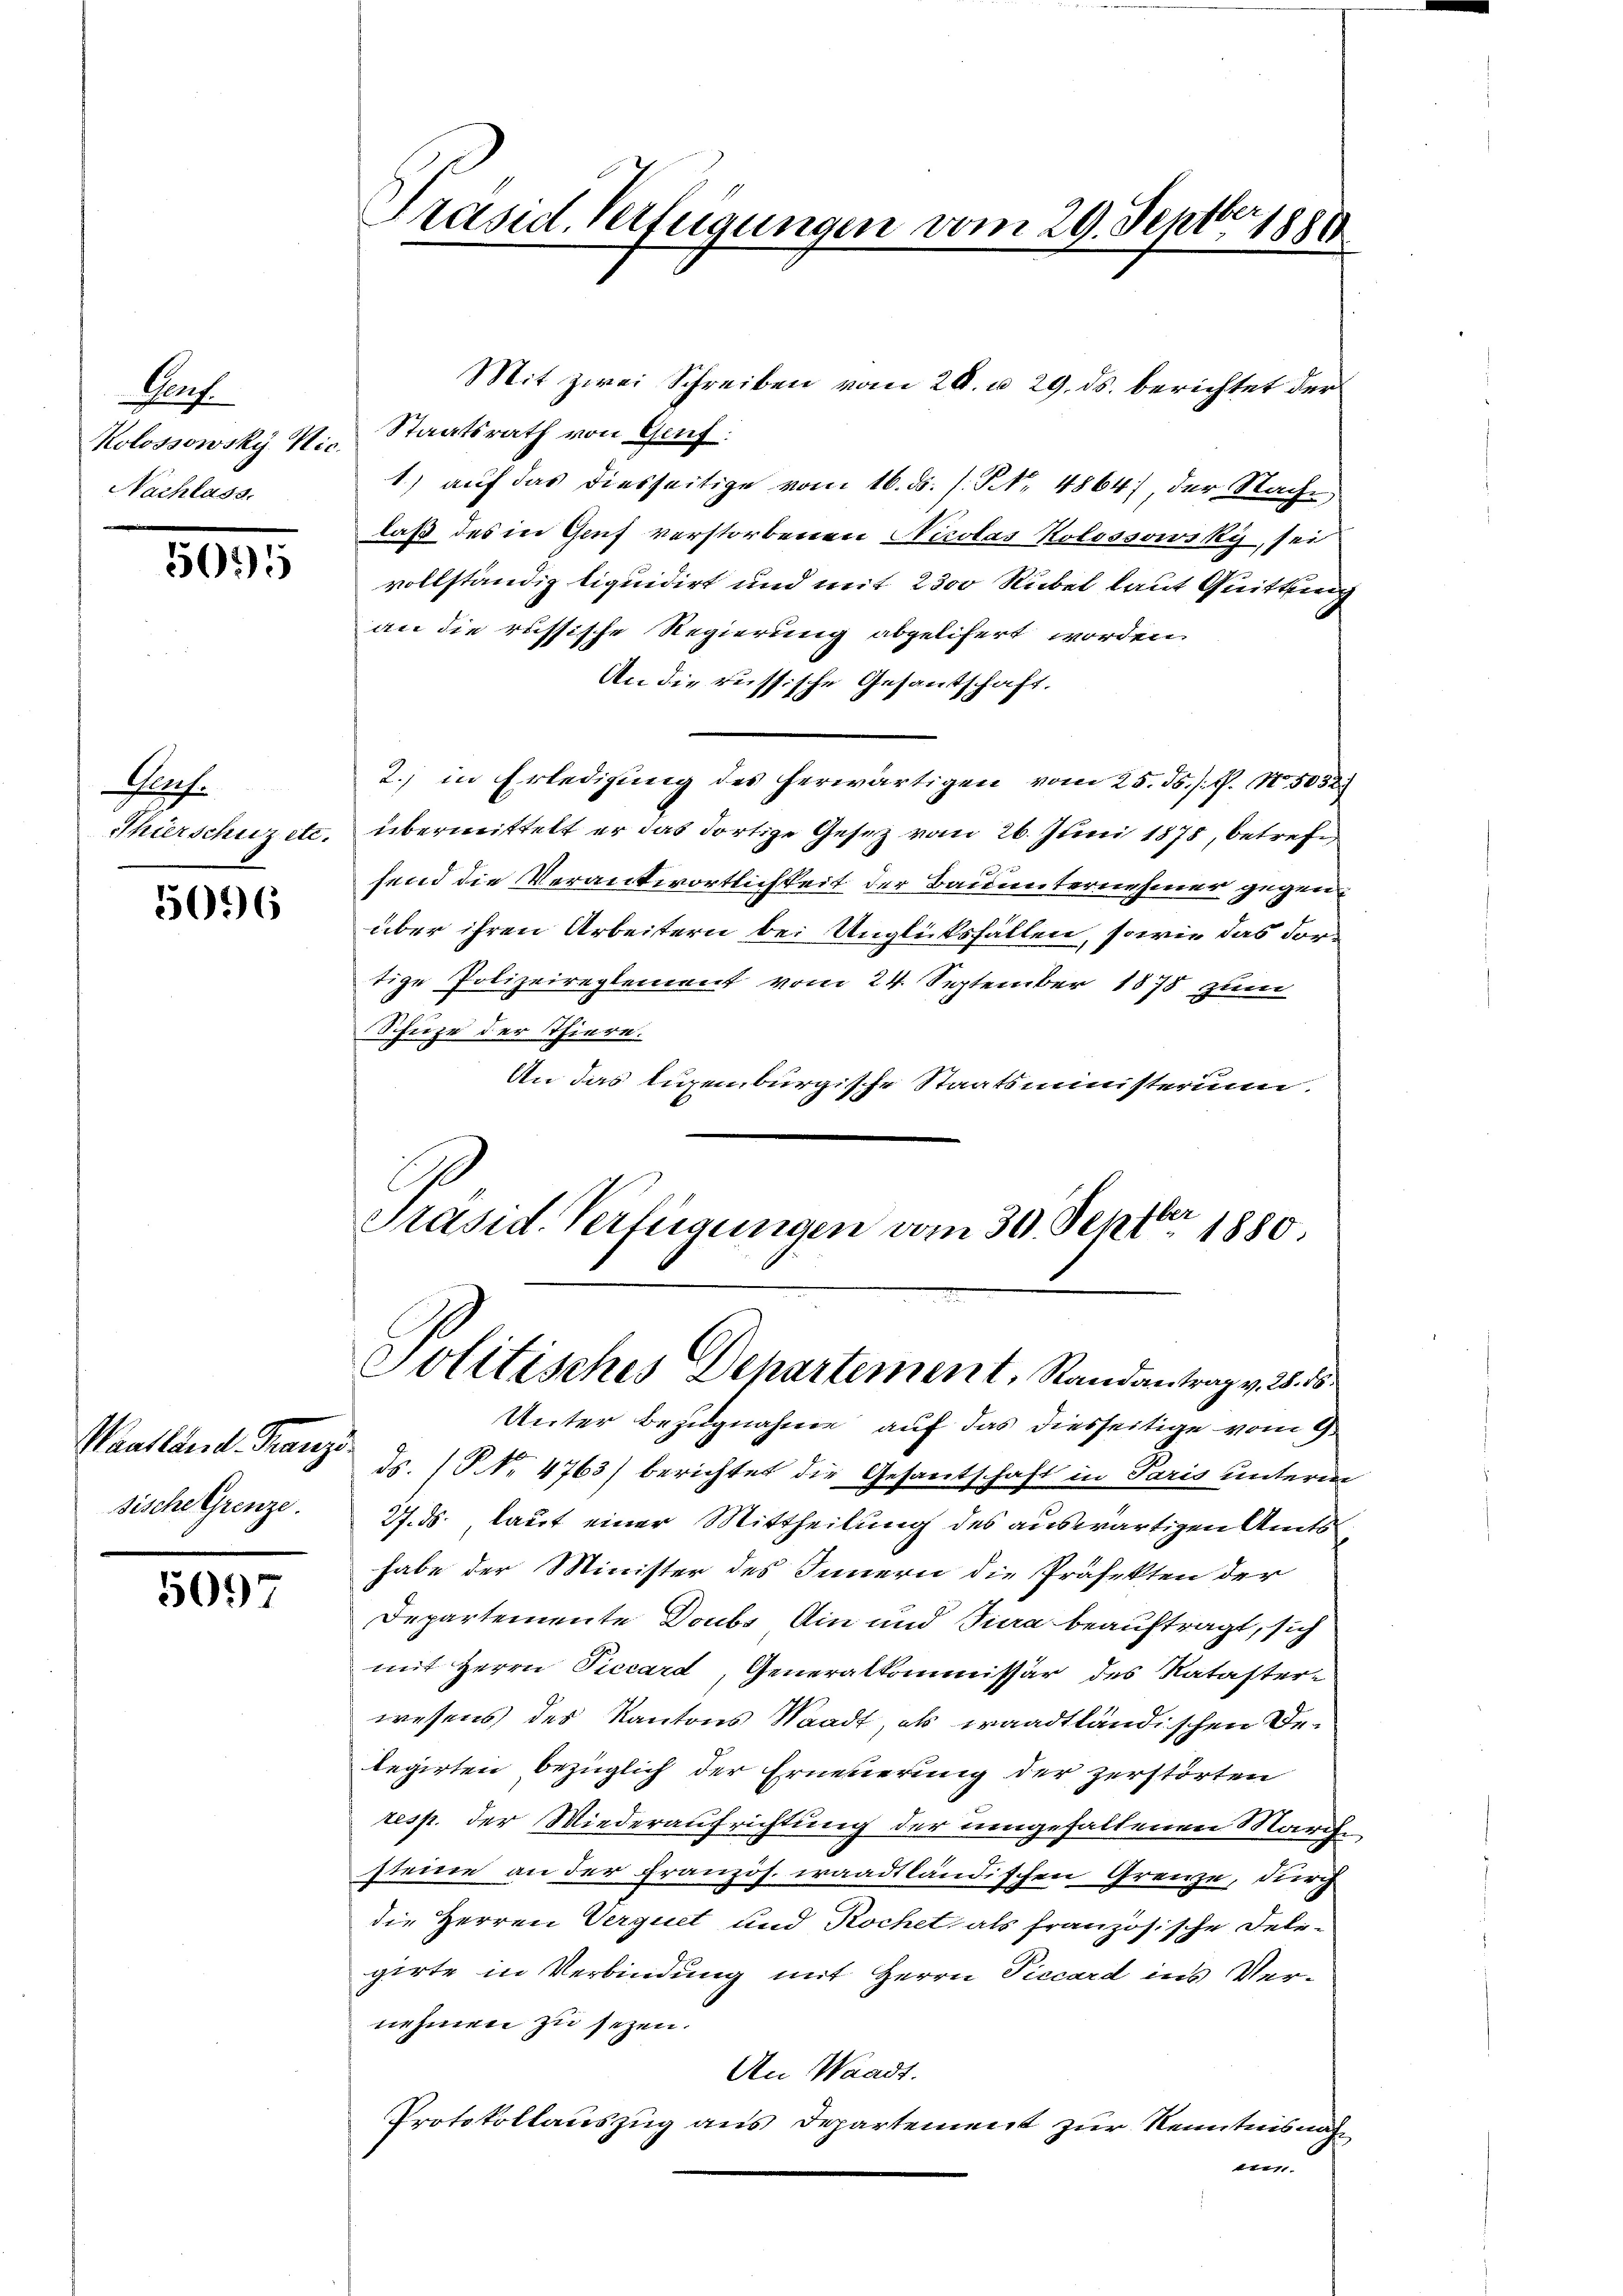
Auf
Kolossowsky Nic
Nachlass.

5075

Flach.
Thierschuz etc.

5096

Waatland. Franzi
sische Grenze.

509

Präsid. Verfügungen vom 29. Septbr 1880

Mit zwei Schreiben vom 28. u. 29. ds. berichtet der
Staatsrath von Genf.
1) auf das diesseitige vom 16. ds. s. S. 4864), der Nach-
laß des in Genf verstorbenen Nicolas Kolossowsky, sei
vollständig liquidirt und mit 2300 Rübel laut Quittung
an die russische Regierung abgelifert worden
An die russische Gesantschaft.
2. in Erledigung des herwärtigen vom 25. ds. s. f. No. 5032.
übermittelt er das dortige Gesetz vom 26. Juni 1878, betrefsend die Verantwortlichkeit der Bauunternehmer gegenüber ihren Arbeitern bei Unglücksfallen, sowie das dortige Polizeireglement vom 24. September 1878 zum
Schuze der Thiere.
An das ligenburgische Staatsministerium.
Präsid. Verfügungen vom 30. Septbr 1880
Politisches Departement, Randantrag v. 28. 15.
Unter Bezugnahme auf das diesseitige vom 9.
ds. (S. 4763) berichtet die Gesantschaft in Paris unterm
27. ds, laut einer Mittheilung des auswärtigen Amtshabe der Minister des Innern die Präfekten der
Departemente Doubs Ain und Jura beauftragt, sich
mit Herrn Piccard, Generalkommissär des Nataster-
wesens des Kantons Waadt, als waadtländischen Delegirten bezüglich der Erneuerung der zerstörten
resp. der Wiederaufrichtung der umgehaltenen Marche
steine an der Französ. waadtländischen Grenze, durch
die Herren Verquet und Kochet, als französische Debrgirte in Verbindung mit Herrn Piccard ins Vernehmen zu sezen.
An Waadt.
Protokollauszug aus Departement zur Kenntnis nach
1471.